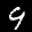
Digit: 9